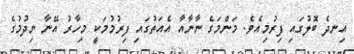
އިނދެ ބޮލުގައި ފިރުމިއެވެ. މަންމަގެ ނާނާއާ އެއަތުގައި ފިރުމުމަކީ މިހާރު އޭނާ ނިދުމުގެ